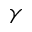
\gamma